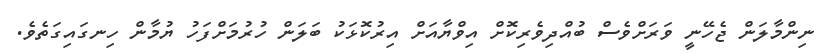
ނިންމާލަން ޖެހޭނީ ވަރަށްވެސް ބުއްދިވެރިކޮށް އިވްޔާއަށް އިރުކޮޅަކު ބަލަން ހުރުމަށްފަހު ޔުމާން ހިނގައިގަތެވެ.